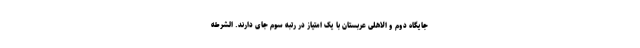
جایگاه دوم و الاهلی عربستان با یک امتیاز در رتبه سوم جای دارند. الشرطه